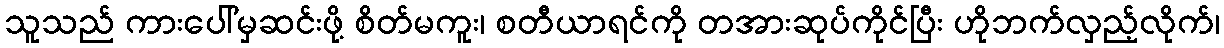
သူသည် ကားပေါ်မှဆင်းဖို့ စိတ်မကူး၊ စတီယာရင်ကို တအားဆုပ်ကိုင်ပြီး ဟိုဘက်လှည့်လိုက်၊